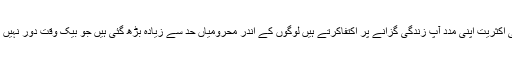
لوگوں کی اکثریت اپنی مدد آپ زندگی گزانے پر اکتفاکرتے ہیں لوگوں کے اندر محرومیاں حد سے زیادہ بڑھ گئی ہیں جو بیک وقت دور نہیں ہوسکتی ۔